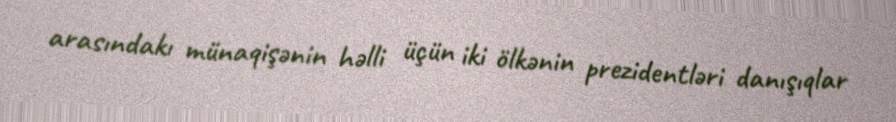
arasındakı münaqişənin həlli üçün iki ölkənin prezidentləri danışıqlar